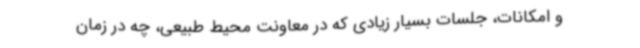
و امکانات، جلسات بسیار زیادی که در معاونت محیط طبیعی، چه در زمان